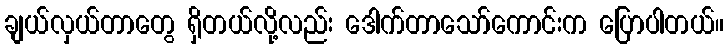
ချယ်လှယ်တာတွေ ရှိတယ်လို့လည်း ဒေါက်တာသော်ကောင်းက ပြောပါတယ်။